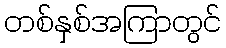
တစ်နှစ်အကြာတွင်